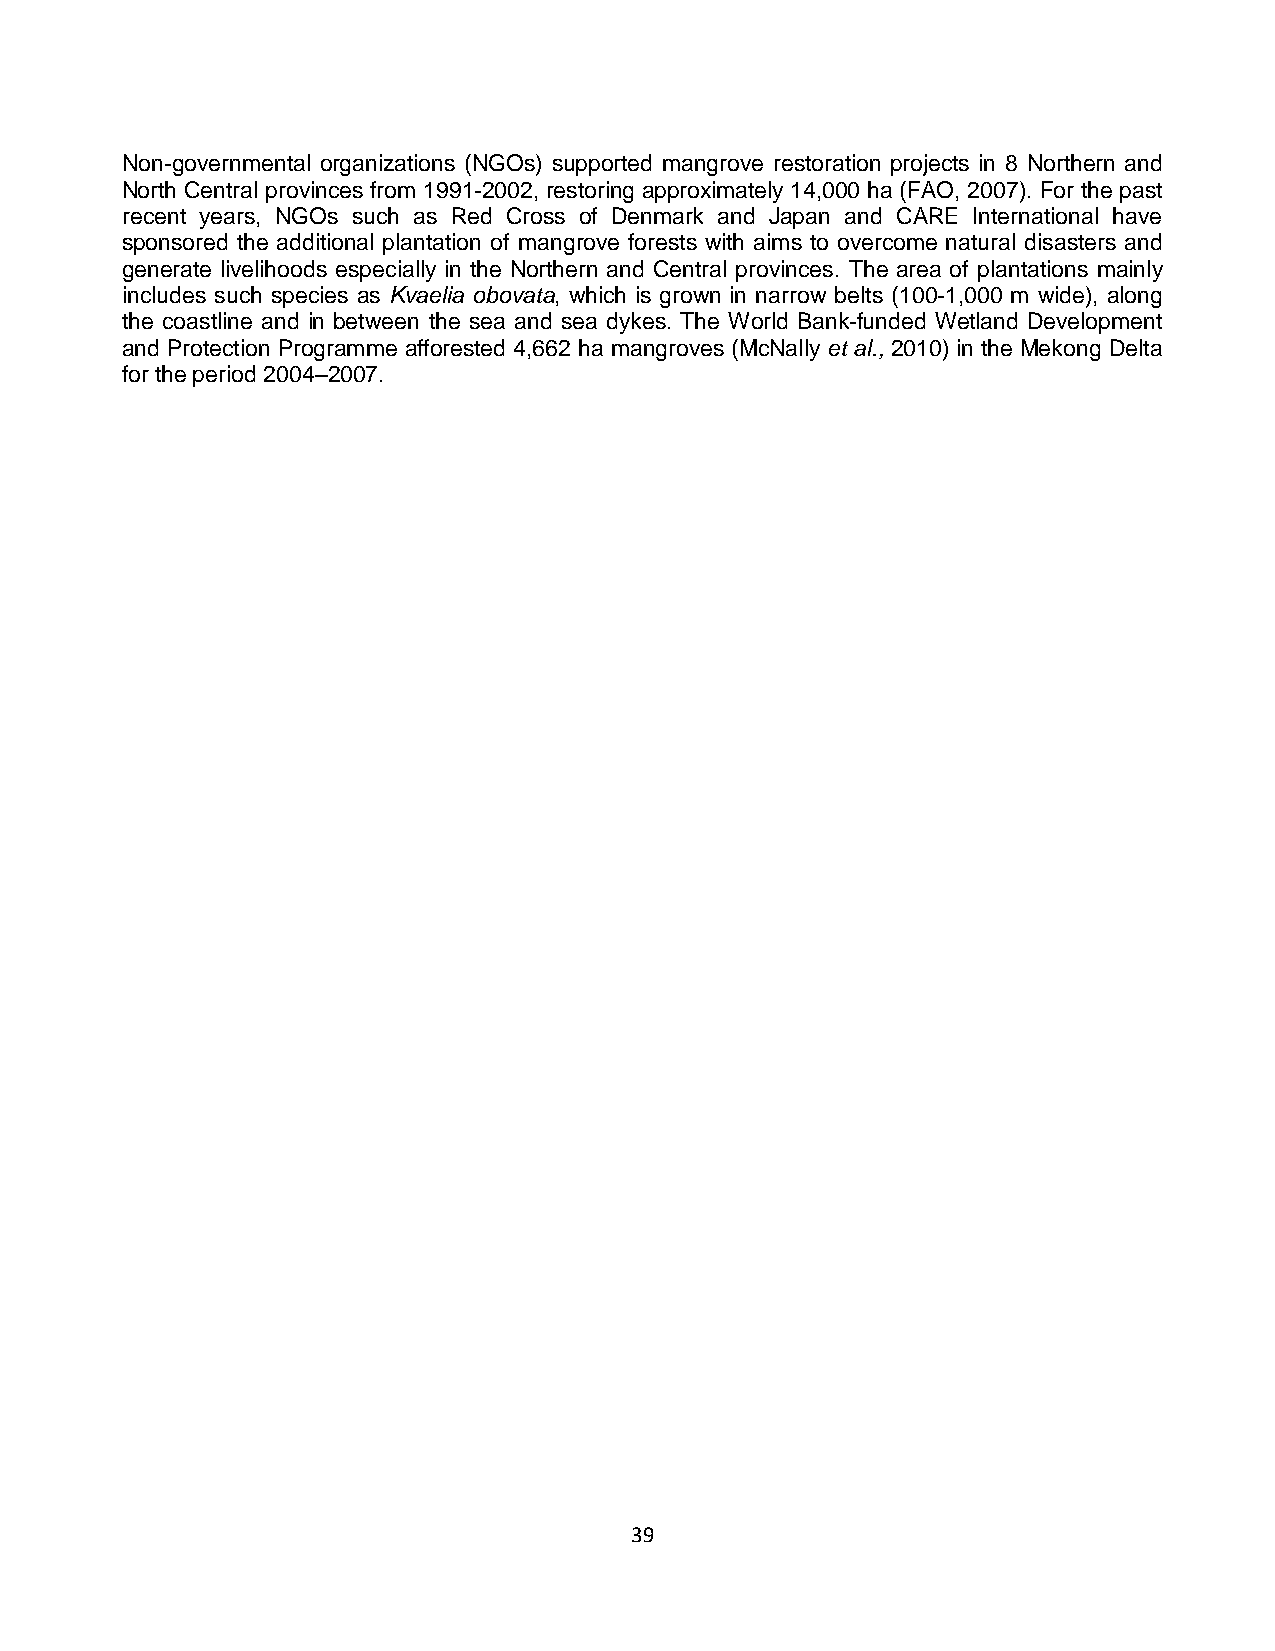
Non-governmental organizations (NGOs) supported mangrove restoration projects in 8 Northern and
 North Central provinces from 1991-2002, restoring approximately 14,000 ha (FAO, 2007). For the past
 recent years, NGOs such as Red Cross of Denmark and Japan and CARE International have
 sponsored the additional plantation of mangrove forests with aims to overcome natural disasters and
 generate livelihoods especially in the Northern and Central provinces. The area of plantations mainly
 includes such species as Kvaelia obovata, which is grown in narrow belts (100-1,000 m wide), along
 the coastline and in between the sea and sea dykes. The World Bank-funded Wetland Development
 and Protection Programme afforested 4,662 ha mangroves (McNally et al., 2010) in the Mekong Delta
 for the period 2004–2007.
 39